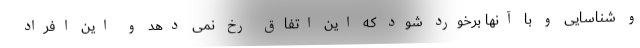
و شناسایی و با آنها برخورد شود که این اتفاق رخ نمی دهد و این افراد